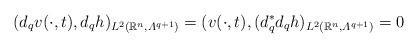
LaTeX: \begin{align*} (d_q v (\cdot,t),d_q h)_{L^2 ({\mathbb R}^n, \varLambda^{q+1})} =(v (\cdot,t),(d_q^* d_q h)_{L^2 ({\mathbb R}^n, \varLambda^{q+1})} =0\end{align*}